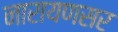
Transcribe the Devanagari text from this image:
नारायणसर